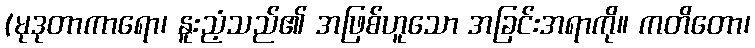
(မုဒုတာကာရော၊ နူးညံ့သည်၏ အဖြစ်ဟူသော အခြင်းအရာကို။ ကတိတော၊